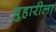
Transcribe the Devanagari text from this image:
बुहारीला